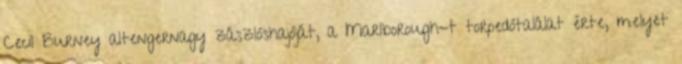
Cecil Burney altengernagy zászlóshajóját, a Marlborough-t torpedótalálat érte, melyet